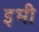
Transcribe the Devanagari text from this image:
इभी